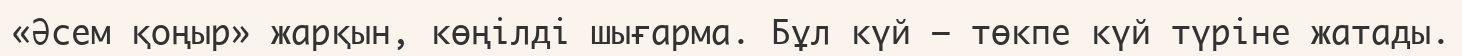
«Әсем қоңыр» жарқын, көңілді шығарма. Бұл күй — төкпе күй түріне жатады.